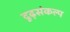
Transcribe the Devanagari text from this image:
दृढ़संकल्प